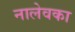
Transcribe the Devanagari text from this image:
नालेवका